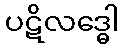
ပဋိလဒ္ဓေါ